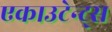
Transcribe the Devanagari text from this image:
एकाउटेन्ट्स